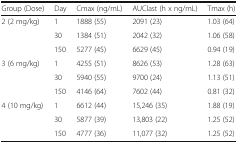
| Group (Dose) | Day | Cmax (ng/mL) | AUClast (h x ng/mL) | Tmax (h) |
 | --- | --- | --- | --- | --- |
 | <ROWSPAN=3> 2 (2 mg/kg) | 1 | 1888 (55) | 2091 (23) | 1.03 (64) |
 | 30 | 1384 (51) | 2042 (32) | 1.06 (58) |
 | 150 | 5277 (45) | 6629 (45) | 0.94 (19) |
 | <ROWSPAN=3> 3 (6 mg/kg) | 1 | 4255 (51) | 8626 (53) | 1.28 (63) |
 | 30 | 5940 (55) | 9700 (24) | 1.13 (51) |
 | 150 | 4146 (64) | 7602 (44) | 0.81 (32) |
 | <ROWSPAN=3> 4 (10 mg/kg) | 1 | 6612 (44) | 15,246 (35) | 1.88 (19) |
 | 30 | 5877 (39) | 13,803 (22) | 1.25 (52) |
 | 150 | 4777 (36) | 11,077 (32) | 1.25 (52) |